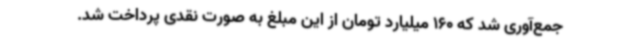
جمع‌آوری شد که 160 میلیارد تومان از این مبلغ به صورت نقدی پرداخت شد.